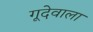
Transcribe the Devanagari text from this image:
गूदेवाला